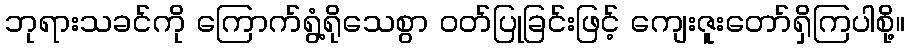
ဘုရားသခင်ကို ကြောက်ရွံ့ရိုသေစွာ ဝတ်ပြုခြင်းဖြင့် ကျေးဇူးတော်ရှိကြပါစို့။